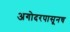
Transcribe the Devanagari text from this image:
अगोदरपासूनच